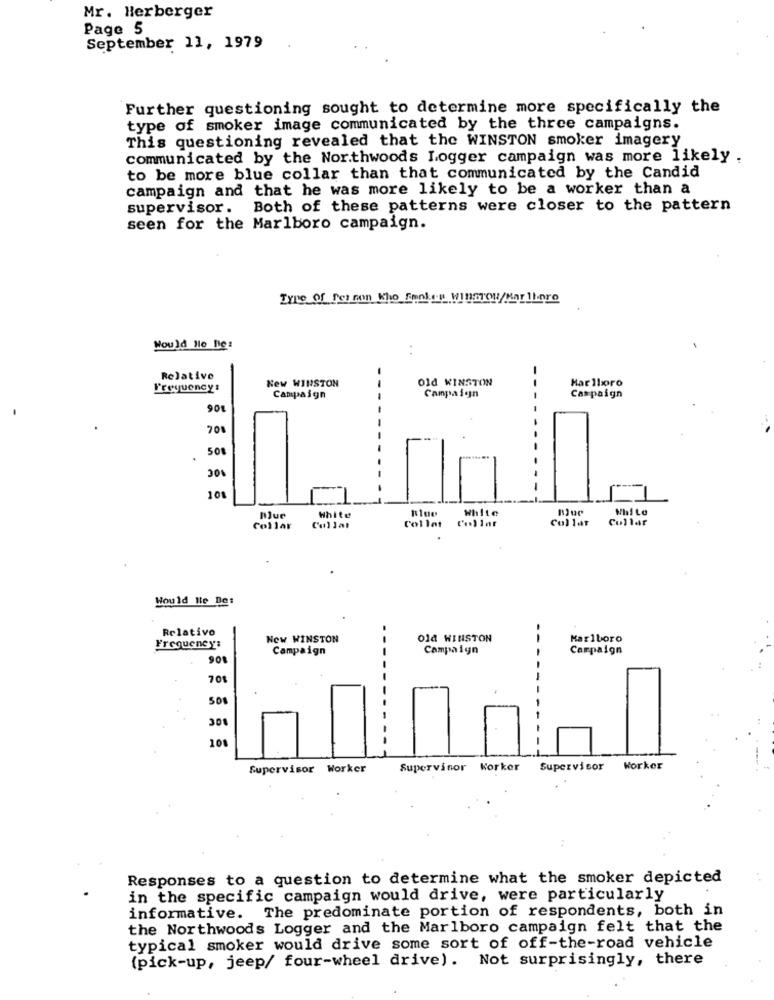
Mr. Herberger
Page 5
September 11, 1979
Further questioning sought to determine more specifically the
type of smoker image communicated by the three campaigns.
This questioning revealed that the WINSTON smoker imagery
communicated by the Northwoods Logger campaign was more likely .
to be more blue collar than that communicated by the Candid
campaign and that he was more likely to be a worker than a
supervisor. Both of these patterns were closer to the pattern
seen for the Marlboro campaign.
Type of Fer non Who Fonker Winmou/Marlboro
Would Hle De:
Relative
Old WINSTON
Marlboro
Frequency :
New WINSTON
Campaign
Campaign
Campaign
708
508
.
108
White
Mue
White
Col lar
Collar
Collar
Cullat
Collet
Would Ile De:
Relativo
Now WINSTON
Old WINSTON
--
Marlboro
Frequency:
Campaign
Campaign
Campaign
90
70$
500
300
108
Supervisor Worker
Supervisor Worker
Supervisor
Worker
Responses to a question to determine what the smoker depicted
in the specific campaign would drive, were particularly
informative. The predominate portion of respondents, both in
the Northwoods Logger and the Marlboro campaign felt that the
typical smoker would drive some sort of off-the-road vehicle
(pick-up, jeep/ four-wheel drive). Not surprisingly, there